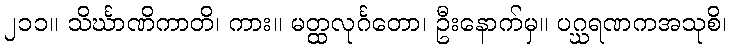
၂၁၁။ သိင်္ဃာဏိကာတိ၊ ကား။ မတ္ထလုင်္ဂတော၊ ဦးနောက်မှ။ ပဂ္ဃရဏကအသုစိ၊